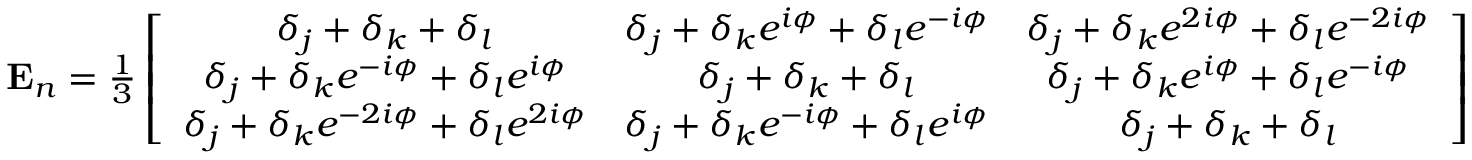
\begin{array} { r } { \mathbf { E } _ { n } = \frac { 1 } { 3 } \left[ \begin{array} { c c c } { \delta _ { j } + \delta _ { k } + \delta _ { l } } & { \delta _ { j } + \delta _ { k } e ^ { i \phi } + \delta _ { l } e ^ { - i \phi } } & { \delta _ { j } + \delta _ { k } e ^ { 2 i \phi } + \delta _ { l } e ^ { - 2 i \phi } } \\ { \delta _ { j } + \delta _ { k } e ^ { - i \phi } + \delta _ { l } e ^ { i \phi } } & { \delta _ { j } + \delta _ { k } + \delta _ { l } } & { \delta _ { j } + \delta _ { k } e ^ { i \phi } + \delta _ { l } e ^ { - i \phi } } \\ { \delta _ { j } + \delta _ { k } e ^ { - 2 i \phi } + \delta _ { l } e ^ { 2 i \phi } } & { \delta _ { j } + \delta _ { k } e ^ { - i \phi } + \delta _ { l } e ^ { i \phi } } & { \delta _ { j } + \delta _ { k } + \delta _ { l } } \end{array} \right] } \end{array}